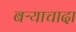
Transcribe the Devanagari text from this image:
बऱ्याचादा